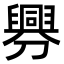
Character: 𦦟